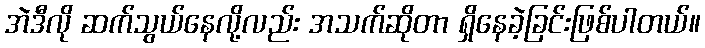
အဲဒီလို ဆက်သွယ်နေလို့လည်း အသက်ဆိုတာ ရှိနေခဲ့ခြင်းဖြစ်ပါတယ်။